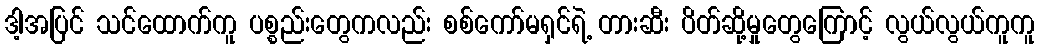
ဒါ့အပြင် သင်ထောက်ကူ ပစ္စည်းတွေကလည်း စစ်ကော်မရှင်ရဲ့ တားဆီး ပိတ်ဆို့မှုတွေကြောင့် လွယ်လွယ်ကူကူ